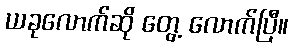
ယခုလောက်ဆို တွေ့ လောက်ပြီ။